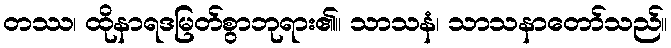
တဿ၊ ထိုနာရဒမြတ်စွာဘုရား၏။ သာသနံ၊ သာသနာတော်သည်။